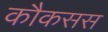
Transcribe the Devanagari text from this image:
कौकसस